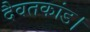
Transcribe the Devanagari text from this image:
दैवतकांड।